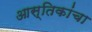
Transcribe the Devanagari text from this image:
आस्तिकांचा